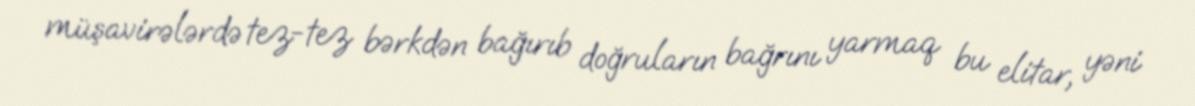
müşavirələrdə tez-tez bərkdən bağırıb doğruların bağrını yarmaq bu elitar, yəni